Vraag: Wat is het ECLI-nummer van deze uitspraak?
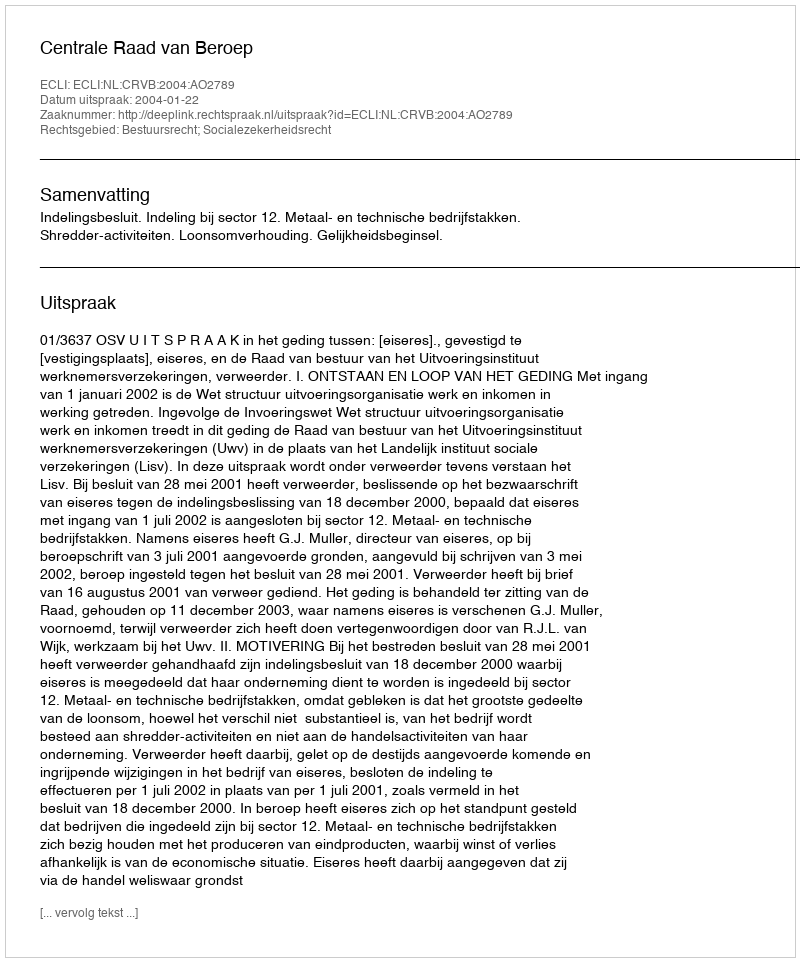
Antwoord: ECLI:NL:CRVB:2004:AO2789